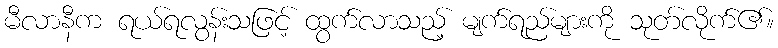
မီလာနီက ရယ်ရလွန်းသဖြင့် ထွက်လာသည့် မျက်ရည်များကို သုတ်လိုက်၏။